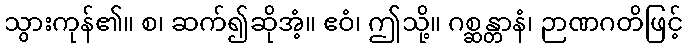
သွားကုန်၏။ စ၊ ဆက်၍ဆိုအံ့။ ဧဝံ၊ ဤသို့။ ဂစ္ဆန္တာနံ၊ ဉာဏဂတိဖြင့်